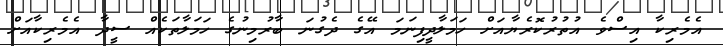
އެމެރިކާ އިސްވެ އުތުރުކޮރެޔާއަށް ހަމަލާދީފިނަމަ އޭގެ ދެގުނަ ބާރުމިނުގެ ހަމަލާތަކެއް ސީދާ އެމެރިކާއަށް